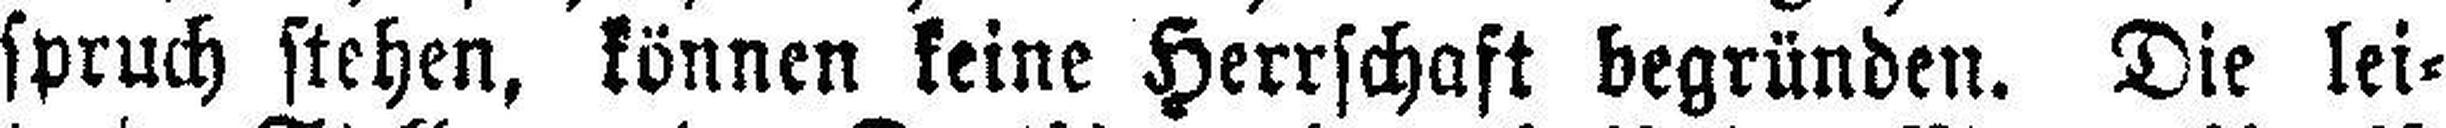
spruch stehen, können keine Herrschaft begründen. Die lei¬